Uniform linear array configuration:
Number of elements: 32
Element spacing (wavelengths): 0.5
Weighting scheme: exponential
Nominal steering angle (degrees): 60
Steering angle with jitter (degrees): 58.092
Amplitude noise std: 0.05
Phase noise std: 0.05

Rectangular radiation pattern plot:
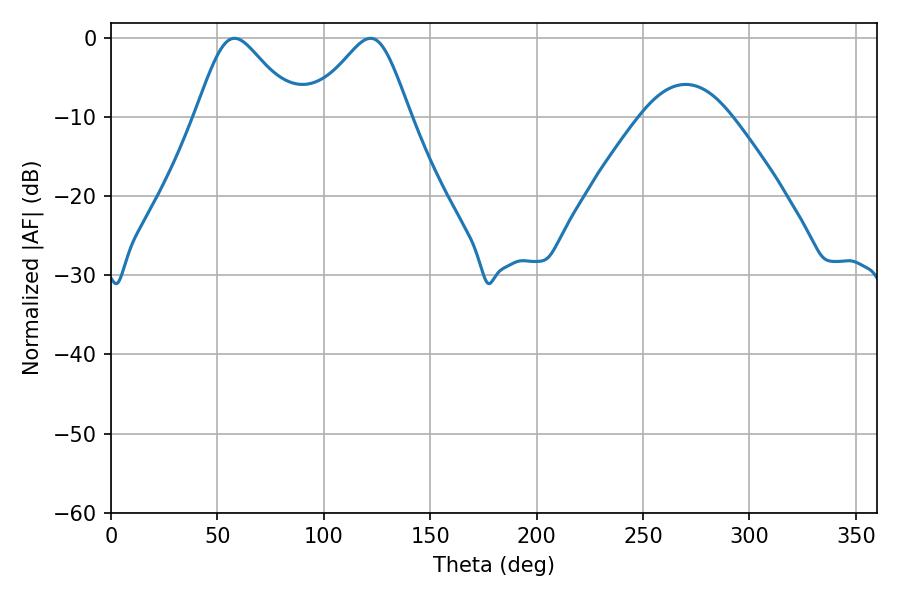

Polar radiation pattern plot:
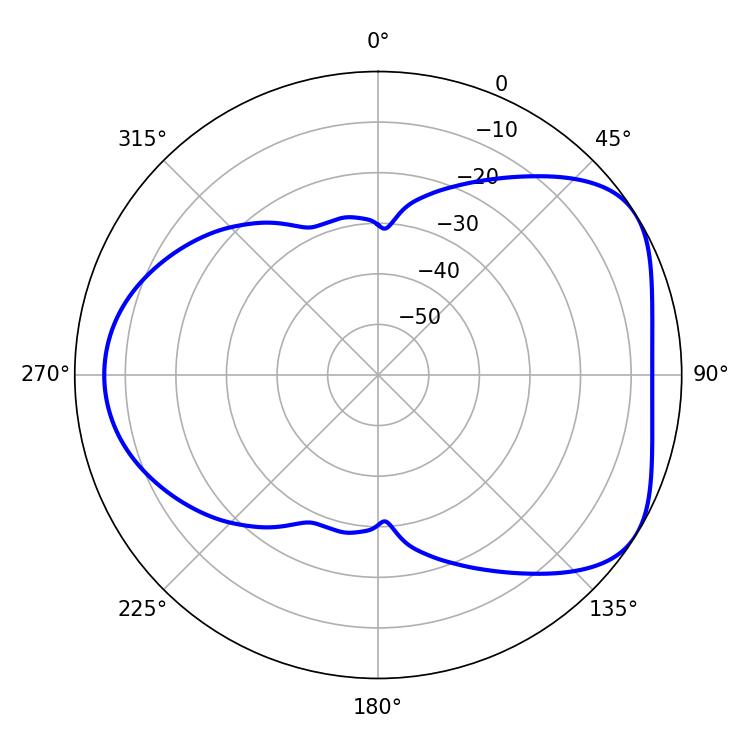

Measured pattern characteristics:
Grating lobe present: FALSE
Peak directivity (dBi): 4.884
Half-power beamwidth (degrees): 23.04
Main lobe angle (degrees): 57.96